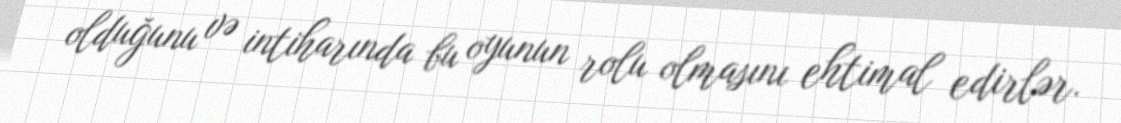
olduğunu və intiharında bu oyunun rolu olmasını ehtimal edirlər.